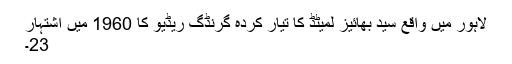
لاہور میں واقع سید بھائیز لمیٹڈ کا تیار کردہ گُرنڈگ ریڈیو کا 1960 میں اشتہار
23۔